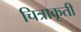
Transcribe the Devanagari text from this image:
चित्राकृती